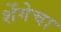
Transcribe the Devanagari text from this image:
शेंगेचा